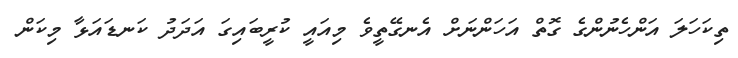
ތިކަހަލަ އަންހެނުންގެ ގޮތް އަހަންނަށް އެނގޭތީވެ މިއައީ ކުރީބައިގަ އަދަދު ކަނޑައަޅާ މިކަން